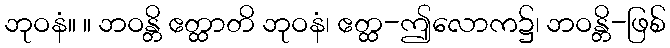
ဘုဝနံ။ ။ ဘဝန္တိ ဧတ္ထာတိ ဘုဝနံ၊ ဧတ္ထ-ဤလောက၌၊ ဘဝန္တိ-ဖြစ်